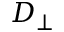
D _ { \perp }